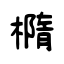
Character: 橢